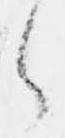
々